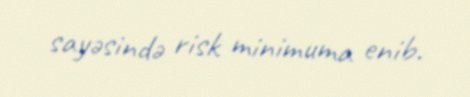
sayəsində risk minimuma enib.